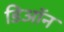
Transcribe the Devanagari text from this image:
डिऑन